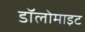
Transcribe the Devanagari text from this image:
डॉलोमाइट